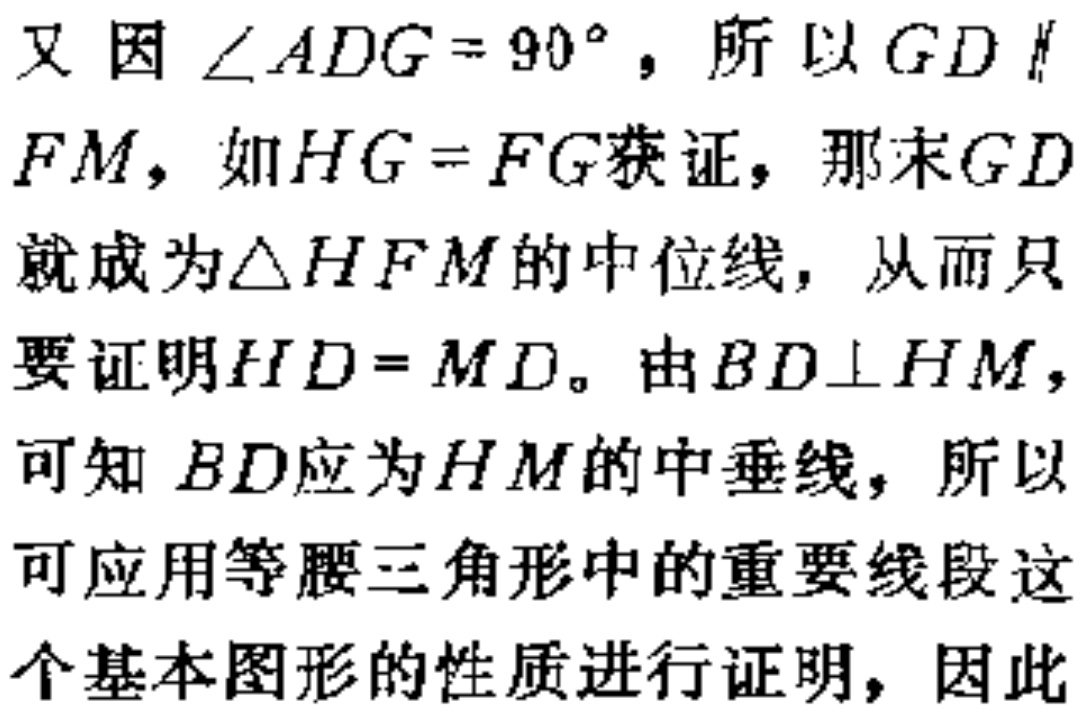
又因$\angle ADG = 90^{\circ}$，所以$GD\parallel FM$，如$HG = FG$获证，那末$GD$就成为$\triangle HFM$的中位线，从而只要证明$HD = MD$。由$BD\perp HM$，可知$BD$应为$HM$的中垂线，所以可应用等腰三角形中的重要线段这个基本图形的性质进行证明，因此